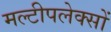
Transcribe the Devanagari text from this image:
मल्टीपलेक्सों